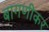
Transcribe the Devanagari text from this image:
बागणीकर